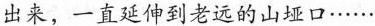
出来，一直延伸到老远的山娅口······